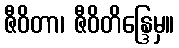
ဇီဝိတာ၊ ဇီဝိတိန္ဒြေမှ။